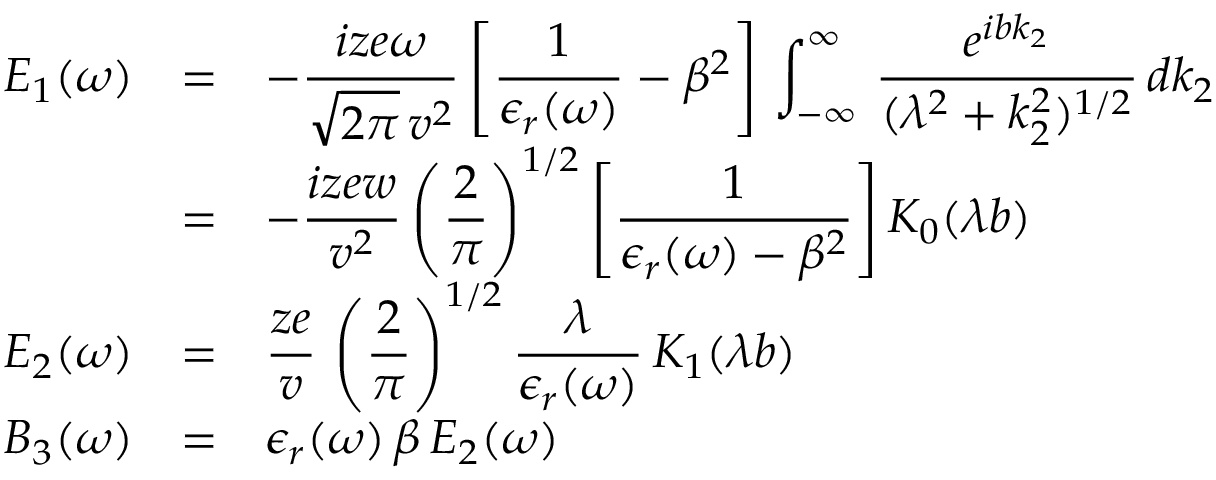
\begin{array} { l c l } { \displaystyle E _ { 1 } ( \omega ) } & { = } & { \displaystyle - \frac { i z e \omega } { \sqrt { 2 \pi } \, v ^ { 2 } } \left[ \frac { 1 } { \epsilon _ { r } ( \omega ) } - \beta ^ { 2 } \right] \, \int _ { - \infty } ^ { \infty } \! \, \, \frac { e ^ { i b k _ { 2 } } } { ( \lambda ^ { 2 } + k _ { 2 } ^ { 2 } ) ^ { 1 / 2 } } \, d k _ { 2 } } \\ { \displaystyle } & { = } & { \displaystyle - \frac { i z e w } { v ^ { 2 } } \left( \frac { 2 } { \pi } \right) ^ { 1 / 2 } \left[ \frac { 1 } { \epsilon _ { r } ( \omega ) - \beta ^ { 2 } } \right] K _ { 0 } ( \lambda b ) } \\ { \displaystyle E _ { 2 } ( \omega ) } & { = } & { \displaystyle \frac { z e } { v } \, \left( \frac { 2 } { \pi } \right) ^ { 1 / 2 } \frac { \lambda } { \epsilon _ { r } ( \omega ) } \, K _ { 1 } ( \lambda b ) } \\ { \displaystyle B _ { 3 } ( \omega ) } & { = } & { \displaystyle \epsilon _ { r } ( \omega ) \, \beta \, E _ { 2 } ( \omega ) } \end{array}